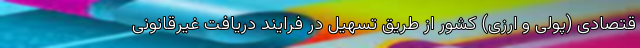
قتصادی (پولی و ارزی) کشور از طریق تسهیل در فرایند دریافت غیرقانونی